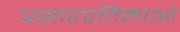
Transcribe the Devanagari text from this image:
प्रस्तरप्रतिमाओं